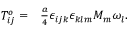
\begin{array} { r l } { T _ { i j } ^ { o } = } & { { } \frac { a } { 4 } \epsilon _ { i j k } \epsilon _ { k l m } M _ { m } \omega _ { l } . } \end{array}